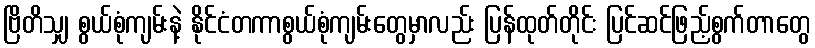
ဗြိတိသျှ စွယ်စုံကျမ်းနဲ့ နိုင်ငံတကာစွယ်စုံကျမ်းတွေမှာလည်း ပြန်ထုတ်တိုင်း ပြင်ဆင်ဖြည့်စွက်တာတွေ